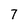
Character: 7